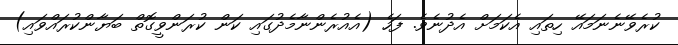
ކުރެވޭނެނަމައޭ ހިތައި އެކަމަށް އެދުނެވެ. ފަހެ (އެއުރެންނާމެދުގައި ކަން ކުރަންވީގޮތް ބަޔާންކުރައްވައި)